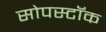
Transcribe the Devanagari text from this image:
सोपस्टॉक